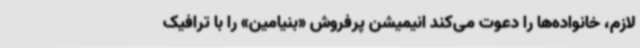
لازم، خانواده‌ها را دعوت می‌کند انیمیشن پرفروش «بنیامین» را با ترافیک